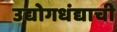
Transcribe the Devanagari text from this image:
उद्योगधंद्याची